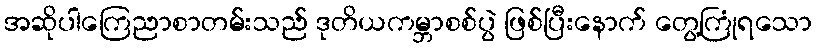
အဆိုပါကြေညာစာတမ်းသည် ဒုတိယကမ္ဘာစစ်ပွဲ ဖြစ်ပြီးနောက် တွေ့ကြုံရသော